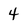
Character: 4